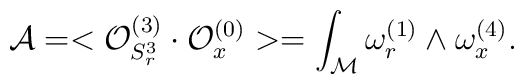
{\cal A}=<{\cal O}^{(3)}_{S^3_r}\cdot {\cal O}^{(0)}_x>=\int_{\cal M}\omega^{(1)}_r\wedge \omega^{(4)}_x.